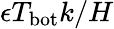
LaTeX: \epsilon T_{\mathrm{bot}}k/H